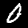
Digit: 0